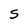
Character: S